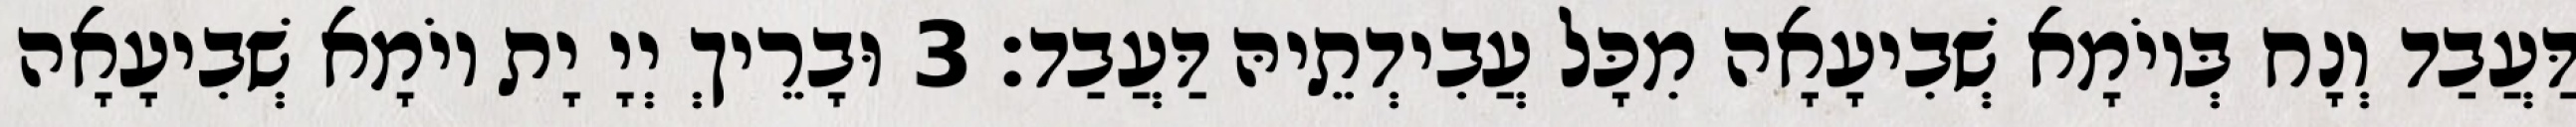
דַּעֲבַד וְנָח בְּיוֹמָא שְׁבִיעָאָה מִכָּל עֲבִידְתֵיהּ דַּעֲבַד׃ 3 וּבָרֵיךְ יְיָ יָת יוֹמָא שְׁבִיעָאָה